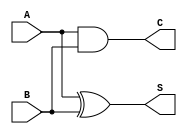
module half_adder (
    input wire A,   // Single-bit input A
    input wire B,   // Single-bit input B
    output wire S,  // Sum output
    output wire C   // Carry output
);

// Assign the outputs based on the half-adder logic
assign S = A ^ B; // Sum is A XOR B
assign C = A & B; // Carry is A AND B

endmodule